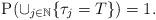
LaTeX: \begin{align*} \mathrm{P}( \cup_{j\in \mathbb{N}}\{\tau_j=T\})=1.\end{align*}